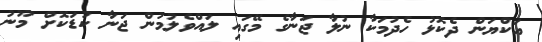
އަކްޔަން ދެކޮޅު ހެދުމަކާ ނުލާ ޖަނާގެ މޭގައި ލައްވެލުމުން ޖަނާ ކުޑަކޮށް މޫނު